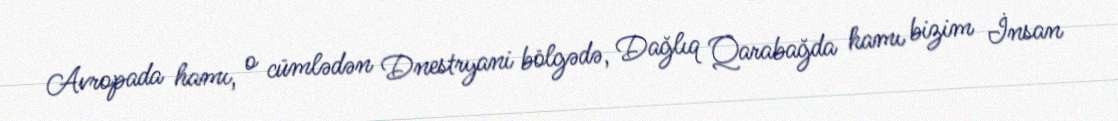
Avropada hamı, o cümlədən Dnestryani bölgədə, Dağlıq Qarabağda hamı bizim İnsan